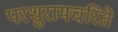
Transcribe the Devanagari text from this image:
परशुरामचरिते